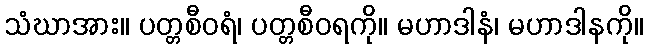
သံဃာအား။ ပတ္တစီဝရံ၊ ပတ္တစီဝရကို။ မဟာဒါနံ၊ မဟာဒါနကို။